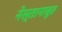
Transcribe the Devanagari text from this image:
नेस्तानाबूत